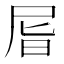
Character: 㞓